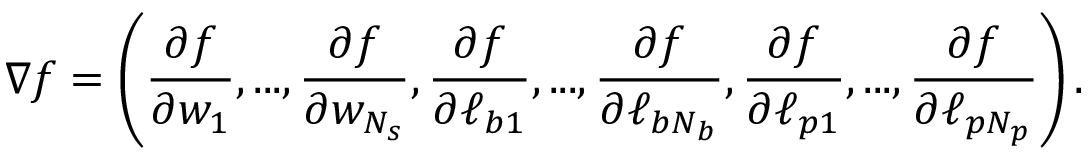
\nabla f = \left( \frac { \partial f } { \partial w _ { 1 } } , . . . , \frac { \partial f } { \partial w _ { N _ { s } } } , \frac { \partial f } { \partial \ell _ { b 1 } } , . . . , \frac { \partial f } { \partial \ell _ { b N _ { b } } } , \frac { \partial f } { \partial \ell _ { p 1 } } , . . . , \frac { \partial f } { \partial \ell _ { p N _ { p } } } \right) .